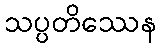
သပ္ပတိဿေန